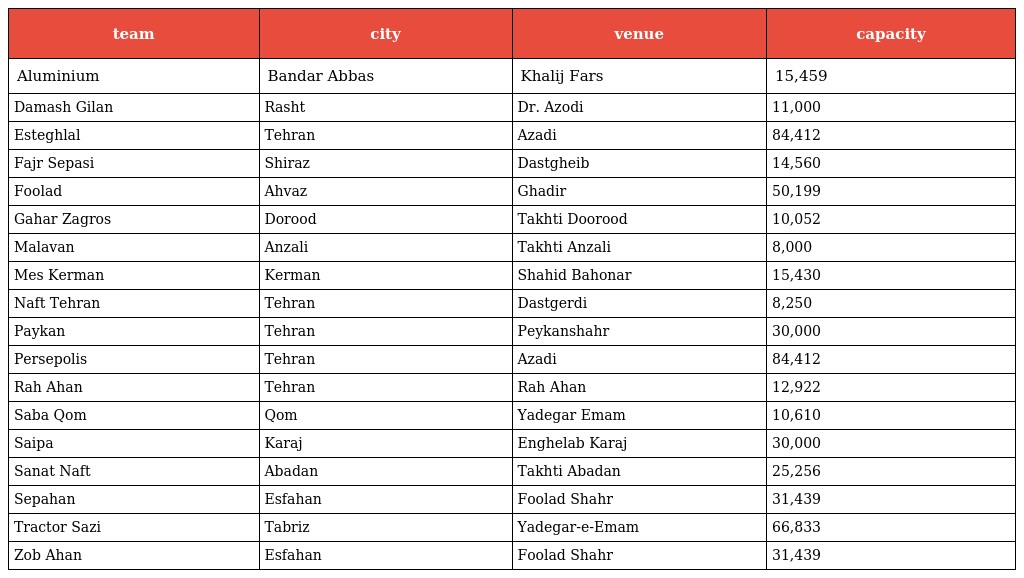
| team | city | venue | capacity |
 | --- | --- | --- | --- |
 | Aluminium | Bandar Abbas | Khalij Fars | 15,459 |
 | Damash Gilan | Rasht | Dr. Azodi | 11,000 |
 | Esteghlal | Tehran | Azadi | 84,412 |
 | Fajr Sepasi | Shiraz | Dastgheib | 14,560 |
 | Foolad | Ahvaz | Ghadir | 50,199 |
 | Gahar Zagros | Dorood | Takhti Doorood | 10,052 |
 | Malavan | Anzali | Takhti Anzali | 8,000 |
 | Mes Kerman | Kerman | Shahid Bahonar | 15,430 |
 | Naft Tehran | Tehran | Dastgerdi | 8,250 |
 | Paykan | Tehran | Peykanshahr | 30,000 |
 | Persepolis | Tehran | Azadi | 84,412 |
 | Rah Ahan | Tehran | Rah Ahan | 12,922 |
 | Saba Qom | Qom | Yadegar Emam | 10,610 |
 | Saipa | Karaj | Enghelab Karaj | 30,000 |
 | Sanat Naft | Abadan | Takhti Abadan | 25,256 |
 | Sepahan | Esfahan | Foolad Shahr | 31,439 |
 | Tractor Sazi | Tabriz | Yadegar-e-Emam | 66,833 |
 | Zob Ahan | Esfahan | Foolad Shahr | 31,439 |